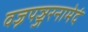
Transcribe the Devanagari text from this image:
वज्रपञ्जरनामेदं